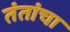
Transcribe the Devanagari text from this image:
तंतांचा